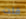
قلت